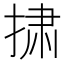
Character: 𪮋